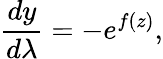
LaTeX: \frac{dy}{d\lambda}=-e^{f(z)},